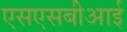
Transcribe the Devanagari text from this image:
एसएसबीआई